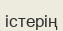
істерің